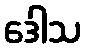
ဒေါသ